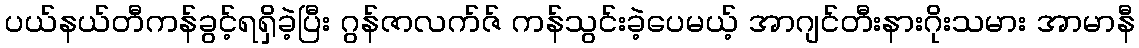
ပယ်နယ်တီကန်ခွင့်ရရှိခဲ့ပြီး ဂွန်ဇာလက်ဇ် ကန်သွင်းခဲ့ပေမယ့် အာဂျင်တီးနားဂိုးသမား အာမာနီ